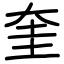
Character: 奎